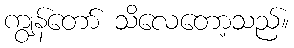
ကျွန်တော် သိလေတော့သည်။